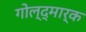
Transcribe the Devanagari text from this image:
गोल्द्मार्क